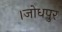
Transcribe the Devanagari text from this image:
।जोधपुर